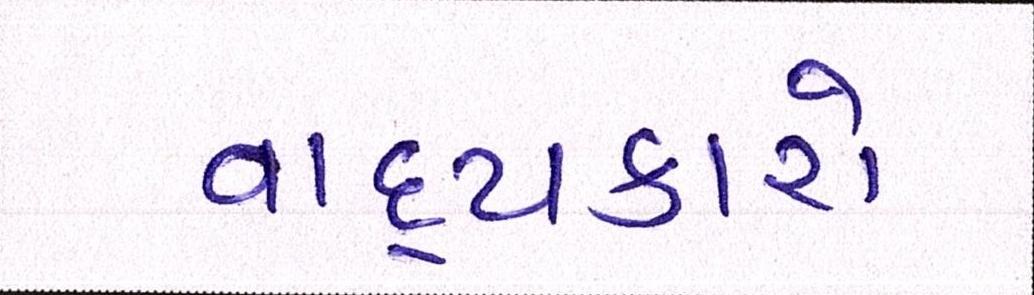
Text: વાદ્યકારો